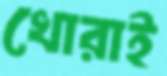
খোরাই